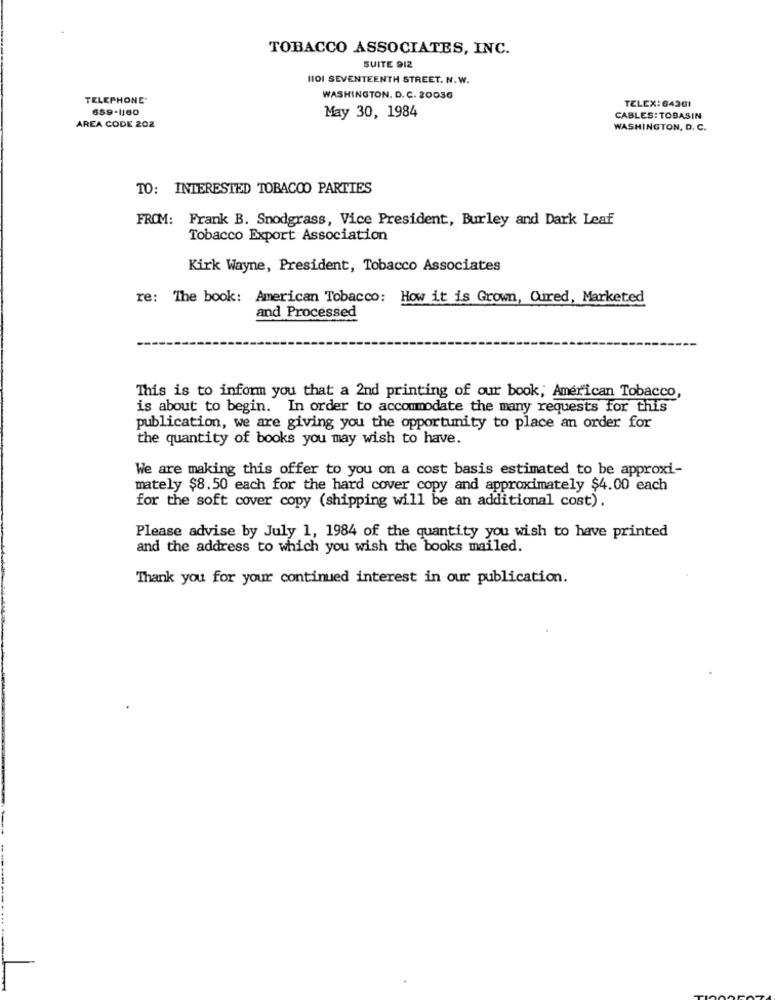
TOBACCO ASSOCIATES, INC.
SUITE 912
HOI SEVENTEENTH STREET. N.W.
TELEPHONE'
WASHINGTON, D. C. 20036
TELEX:64361
659-1160
May 30, 1984
CABLES: TOBASIN
AREA CODE 202
WASHINGTON, D. C.
TO: INTERESTED TOBACCO PARTIES
FROM: Frank B. Snodgrass, Vice President, Burley and Dark Leaf
Tobacco Export Association
Kirk Wayne, President, Tobacco Associates
re: The book: American Tobacco: How it is Grown, Cured, Marketed
and Processed
This is to inform you that a 2nd printing of our book, American Tobacco,
is about to begin. In order to accommodate the many requests for this
publication, we are giving you the opportunity to place an order for
the quantity of books you may wish to have.
We are making this offer to you on a cost basis estimated to be approxi-
mately $8.50 each for the hard cover copy and approximately $4.00 each
for the soft cover copy (shipping will be an additional cost).
Please advise by July 1, 1984 of the quantity you wish to have printed
and the address to which you wish the books mailed.
Thank you for your continued interest in our publication.